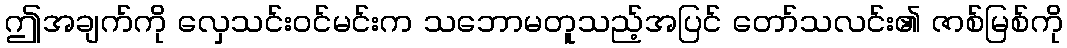
ဤအချက်ကို လှေသင်းဝင်မင်းက သဘောမတူသည့်အပြင် တော်သလင်း၏ ဇာစ်မြစ်ကို